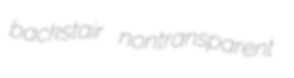
backstair nontransparent